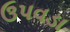
ઉપવડા